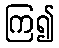
ကြ၍